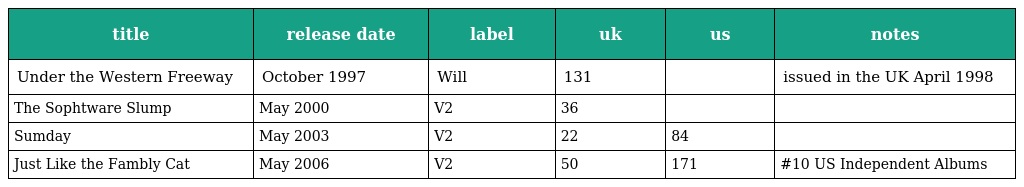
| title | release date | label | uk | us | notes |
 | --- | --- | --- | --- | --- | --- |
 | Under the Western Freeway | October 1997 | Will | 131 |  | issued in the UK April 1998 |
 | The Sophtware Slump | May 2000 | V2 | 36 |  |  |
 | Sumday | May 2003 | V2 | 22 | 84 |  |
 | Just Like the Fambly Cat | May 2006 | V2 | 50 | 171 | #10 US Independent Albums |